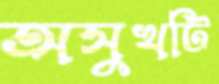
অসুখটি